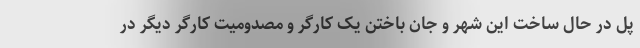
پل در حال ساخت این شهر و جان باختن یک کارگر و مصدومیت کارگر دیگر در